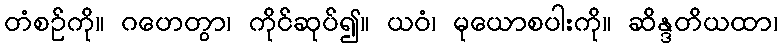
တံစဉ်ကို။ ဂဟေတွာ၊ ကိုင်ဆုပ်၍။ ယဝံ၊ မုယောစပါးကို။ ဆိန္ဒတိယထာ၊